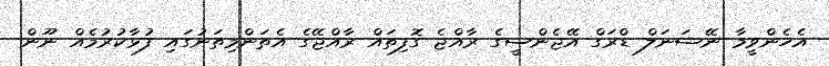
އެހެންވީމާ ނޭޝަނަލް ޑްރަގް އޭޖެންސީގެ ރާއްޖެ ގޮފިތައް ރާއްޖޭގެ އެތަންމިތަނުގައި ފުޅާކުރުމެއް ނޫން